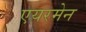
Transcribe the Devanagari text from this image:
एयरमेन